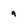
Character: 9